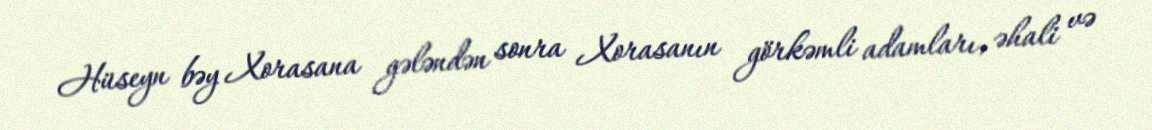
Hüseyn bəy Xorasana gələndən sonra Xorasanın görkəmli adamları, əhali və